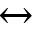
\leftrightarrow